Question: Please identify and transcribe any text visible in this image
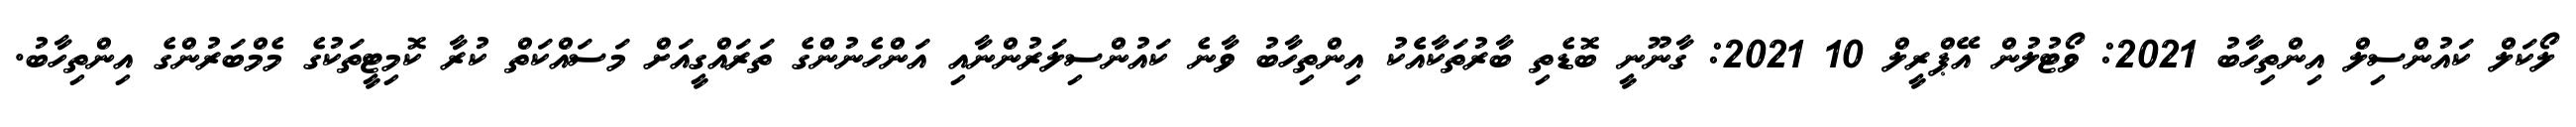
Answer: ލޯކަލް ކައުންސިލް އިންތިހާބު 2021: ވޯޓުލުން އޭޕްރީލް 10 2021: ގާނޫނީ ބޮޑެތި ބާރުތަކާއެެކު އިންތިހާބު ވާނެ ކައުންސިލަރުންނާއި އަންހެނުންގެ ތަރައްގީއަށް މަސައްކަތް ކުރާ ކޮމިޓީތަކުގެ މެމްބަރުންގެ އިންތިހާބު.